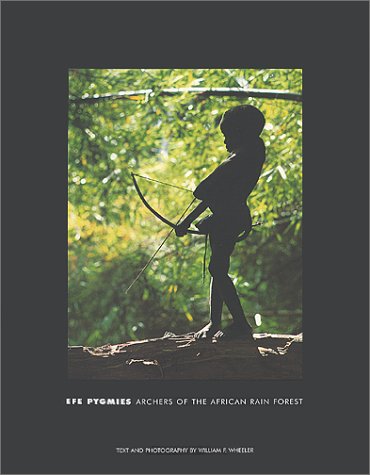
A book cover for Efe Pygmies : Archers of the African Rain Forest; Dr. William F. Wheeler; Travel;